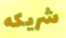
شريكه